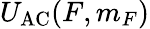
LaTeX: U_{\mathrm{AC}}(F,m_{F})